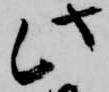
此